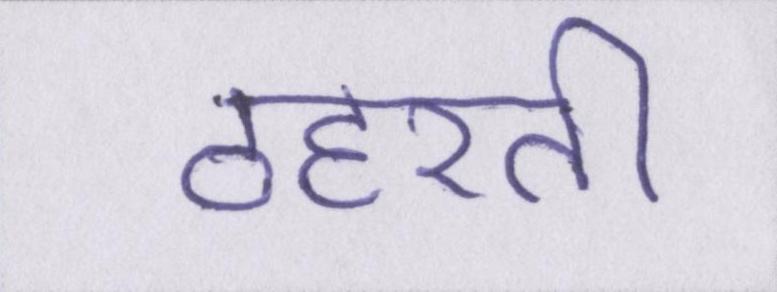
ठहरती